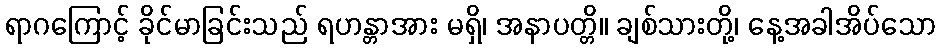
ရာဂကြောင့် ခိုင်မာခြင်းသည် ရဟန္တာအား မရှိ၊ အနာပတ္တိ။ ချစ်သားတို့၊ နေ့အခါအိပ်သော